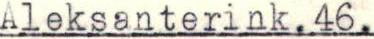
Aleksanterink.46.